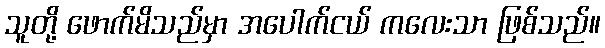
သူတို့ ဖောက်မိသည်မှာ အပေါက်ငယ် ကလေးသာ ဖြစ်သည်။